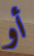
أو